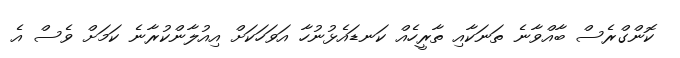
ކޮންގްރެސް ބާއްވާނެ ތަނަކާއި ތާރީހެއް ކަނޑައެޅުނުހާ އަވަހަކަށް އިއުލާންކުރާނެ ކަމަށް ވެސް އެ